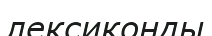
лексиконды